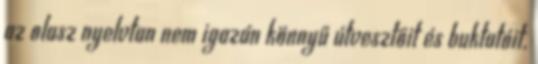
az olasz nyelvtan nem igazán könnyű útvesztőit és buktatóit.